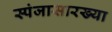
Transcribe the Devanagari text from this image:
स्पंजासारख्या